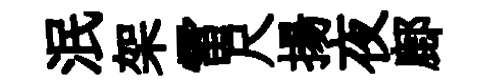
泯架雷尺揚夜鄜